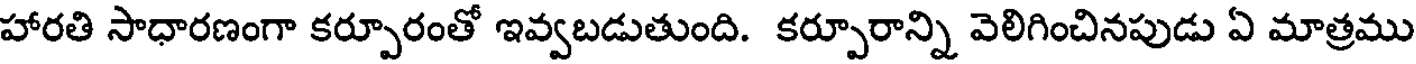
హారతి సాధారణంగా కర్పూరంతో ఇవ్వబడుతుంది. కర్పూరాన్ని వెలిగించినపుడు ఏ మాత్రము